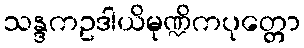
သန္ဒကဥဒါယိမုဏ္ဍိကပုတ္တော